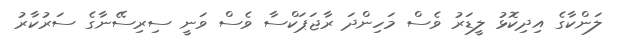
ލަންކާގެ އިދިކޮޅު ލީޑަރު ވެސް މަހިންދަ ރާޖަޕަކްސާ ވެސް ވަނީ ސިރިސޭނާގެ ސަރުކާރު